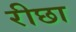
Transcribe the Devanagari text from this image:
रीछा